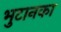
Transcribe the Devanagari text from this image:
भुटानका